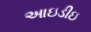
આઇડીઇ